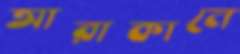
আরাকানে